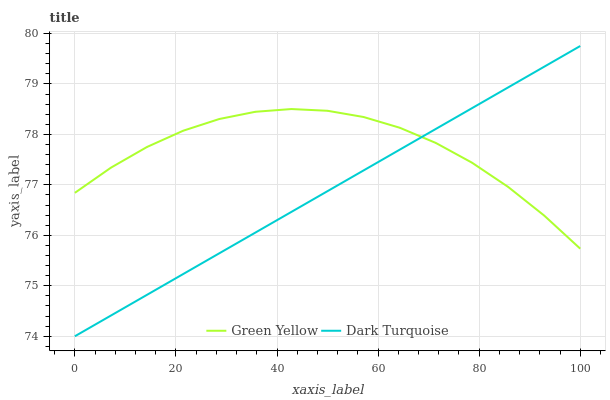
| xaxis_label | Green Yellow | Dark Turquoise |
 | --- | --- | --- |
 | 0 | 76.8 | 74 |
 | 7.14 | 77.3 | 74.4 |
 | 14.3 | 77.8 | 74.8 |
 | 21.4 | 78.1 | 75.2 |
 | 28.6 | 78.3 | 75.6 |
 | 35.7 | 78.4 | 76.1 |
 | 42.9 | 78.5 | 76.5 |
 | 50 | 78.5 | 76.9 |
 | 57.1 | 78.3 | 77.3 |
 | 64.3 | 78.1 | 77.7 |
 | 71.4 | 77.8 | 78.1 |
 | 78.6 | 77.4 | 78.5 |
 | 85.7 | 77 | 78.9 |
 | 92.9 | 76.4 | 79.3 |
 | 100 | 75.7 | 79.8 |